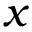
x